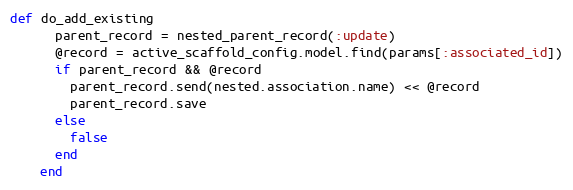
Language: Ruby
def do_add_existing
      parent_record = nested_parent_record(:update)
      @record = active_scaffold_config.model.find(params[:associated_id])
      if parent_record && @record
        parent_record.send(nested.association.name) << @record
        parent_record.save
      else
        false
      end
    end